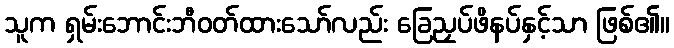
သူက ရှမ်းဘောင်းဘီဝတ်ထားသော်လည်း ခြေညှပ်ဖိနပ်နှင့်သာ ဖြစ်၏။